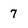
Character: 7